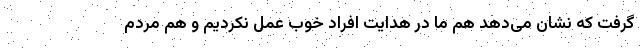
گرفت که نشان می‌دهد هم ما در هدایت افراد خوب عمل نکردیم و هم مردم